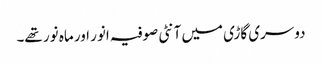
دوسری گاڑی میں آنٹی صوفیہ انور اور ماہ نور تھے۔